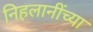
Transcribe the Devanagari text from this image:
निहलानींच्या